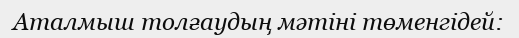
Аталмыш толғаудың мәтіні төменгідей: